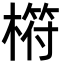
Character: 𣘧